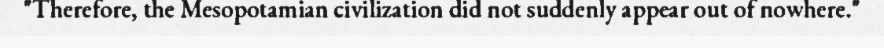
"Therefore, the Mesopotamian civilization did not suddenly appear out of nowhere."